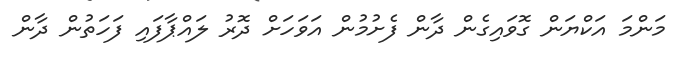
މަންމަ އަކްޔަން ގޮވައިގެން ދާން ފެށުމުން އަވަހަށް ދޮރު ލައްޕާފައި ފަހަތުން ދާން